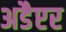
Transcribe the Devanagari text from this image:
अडैप्टर